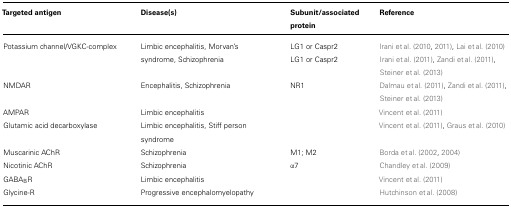
<table><thead><tr><td><b>Targeted antigen</b></td><td><b>Disease(s)</b></td><td><b>Subunit/associated protein</b></td><td><b>Reference</b></td></tr></thead><tbody><tr><td>Potassium channel/VGKC-complex</td><td>Limbic encephalitis, Morvan’s</td><td>LG1 or Caspr2</td><td>Irani et al. (2010, 2011), Lai et al. (2010)</td></tr><tr><td></td><td>syndrome, Schizophrenia</td><td>LG1 or Caspr2</td><td>Irani et al. (2011), Zandi et al. (2011), Steiner et al. (2013)</td></tr><tr><td>NMDAR</td><td>Encephalitis, Schizophrenia</td><td>NR1</td><td>Dalmau et al. (2011), Zandi et al. (2011), Steiner et al. (2013)</td></tr><tr><td>AMPAR</td><td>Limbic encephalitis</td><td></td><td>Vincent et al. (2011)</td></tr><tr><td>Glutamic acid decarboxylase</td><td>Limbic encephalitis, Stiff person syndrome</td><td></td><td>Vincent et al. (2011), Graus et al. (2010)</td></tr><tr><td>Muscarinic AChR</td><td>Schizophrenia</td><td>M1; M2</td><td>Borda et al. (2002, 2004)</td></tr><tr><td>Nicotinic AChR</td><td>Schizophrenia</td><td>α7</td><td>Chandley et al. (2009)</td></tr><tr><td>GABA<sub>B</sub>R</td><td>Limbic encephalitis</td><td></td><td>Vincent et al. (2011)</td></tr><tr><td>Glycine-R</td><td>Progressive encephalomyelopathy</td><td></td><td>Hutchinson et al. (2008)</td></tr></tbody></table>